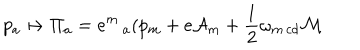
LaTeX: p _ { a } \mapsto \Pi _ { a } = e ^ { m } \, _ { a } ( p _ { m } + e { \cal A } _ { m } + \frac 1 2 \omega _ { m \, c d } { \cal M }